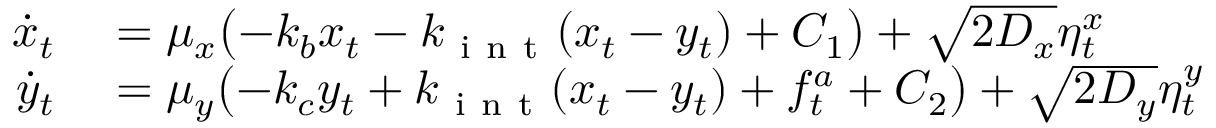
\begin{array} { r l } { \dot { x } _ { t } } & { { } = \mu _ { x } \bigl ( - k _ { b } x _ { t } - k _ { \mathrm { ~ i ~ n ~ t ~ } } ( x _ { t } - y _ { t } ) + C _ { 1 } \bigr ) + \sqrt { 2 D _ { x } } \eta _ { t } ^ { x } } \\ { \dot { y } _ { t } } & { { } = \mu _ { y } \bigl ( - k _ { c } y _ { t } + k _ { \mathrm { ~ i ~ n ~ t ~ } } ( x _ { t } - y _ { t } ) + f _ { t } ^ { a } + C _ { 2 } \bigr ) + \sqrt { 2 D _ { y } } \eta _ { t } ^ { y } } \end{array}